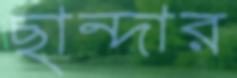
ছান্দার